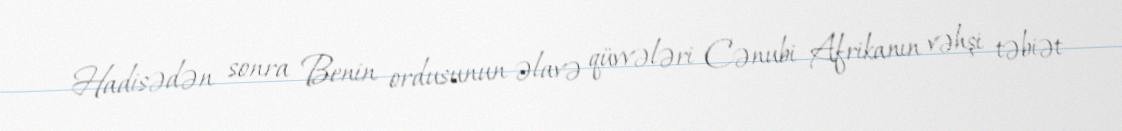
Hadisədən sonra Benin ordusunun əlavə qüvvələri Cənubi Afrikanın vəhşi təbiət